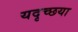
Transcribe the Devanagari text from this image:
यदृच्छया